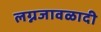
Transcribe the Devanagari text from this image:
लग्नजावळादी